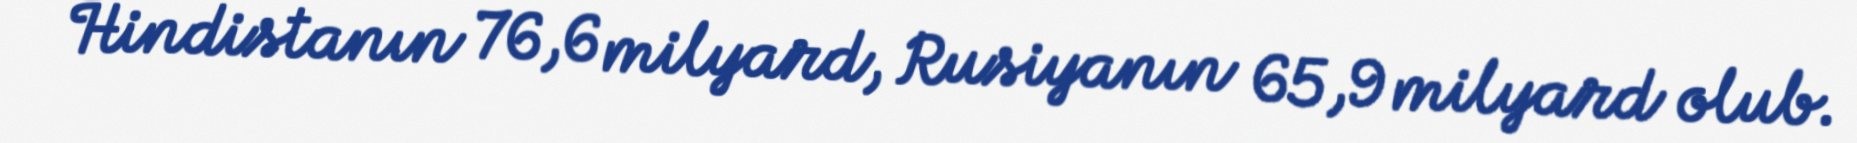
Hindistanın 76,6 milyard, Rusiyanın 65,9 milyard olub.